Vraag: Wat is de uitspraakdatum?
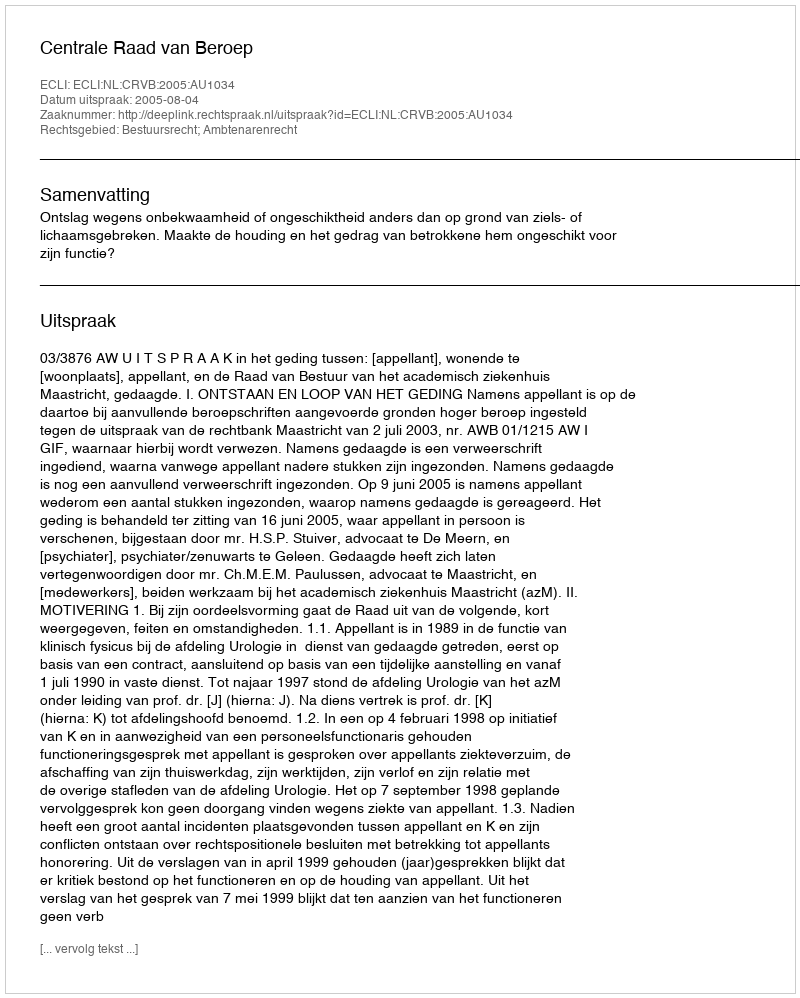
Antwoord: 2005-08-04